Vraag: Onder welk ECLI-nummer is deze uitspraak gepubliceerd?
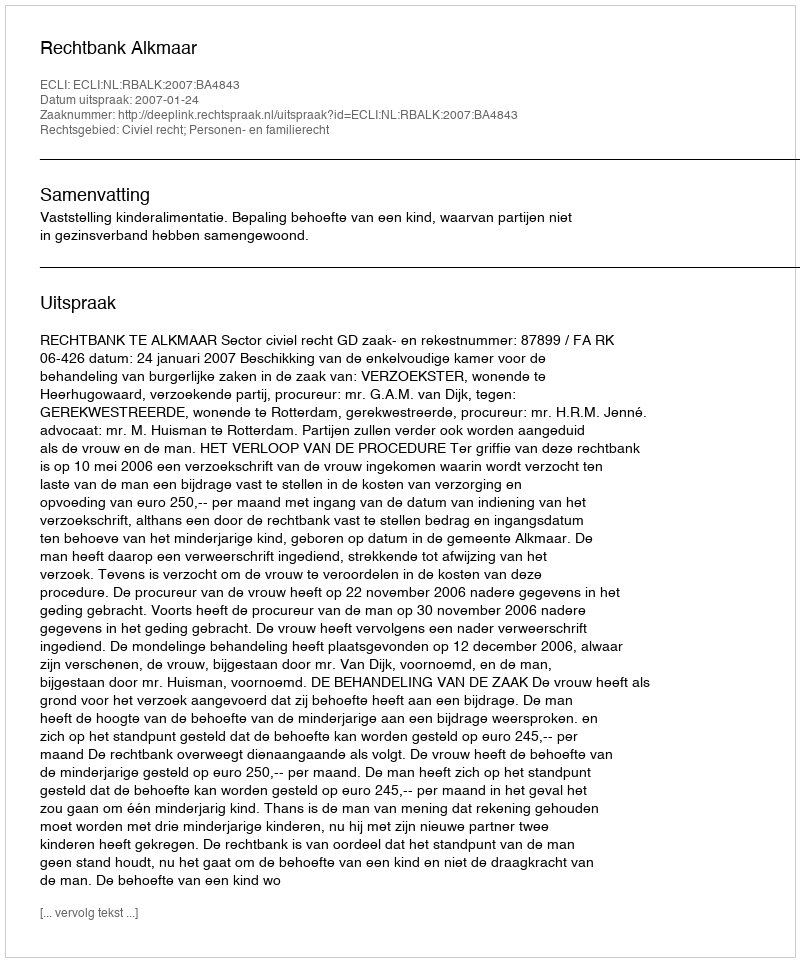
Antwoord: ECLI:NL:RBALK:2007:BA4843